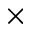
\times